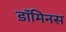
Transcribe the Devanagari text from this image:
डॉमिनस